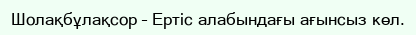
Шолақбұлақсор – Ертіс алабындағы ағынсыз көл.